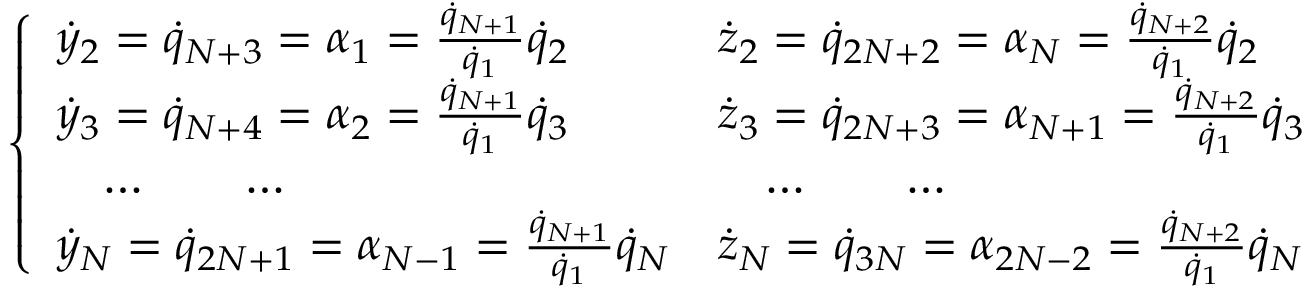
\left\{ \begin{array} { l l } { { \dot { y } } _ { 2 } = { \dot { q } } _ { N + 3 } = \alpha _ { 1 } = \frac { { \dot { q } } _ { N + 1 } } { { \dot { q } _ { 1 } } } { \dot { q } } _ { 2 } } & { { \dot { z } } _ { 2 } = { \dot { q } } _ { 2 N + 2 } = \alpha _ { N } = \frac { { \dot { q } } _ { N + 2 } } { { \dot { q } _ { 1 } } } { \dot { q } } _ { 2 } } \\ { { \dot { y } } _ { 3 } = { \dot { q } } _ { N + 4 } = \alpha _ { 2 } = \frac { { \dot { q } } _ { N + 1 } } { { \dot { q } _ { 1 } } } { \dot { q } } _ { 3 } } & { { \dot { z } } _ { 3 } = { \dot { q } } _ { 2 N + 3 } = \alpha _ { N + 1 } = \frac { { \dot { q } } _ { N + 2 } } { { \dot { q } _ { 1 } } } { \dot { q } } _ { 3 } } \\ { \quad \dots \qquad \dots } & { \quad \dots \qquad \dots } \\ { { \dot { y } } _ { N } = { \dot { q } } _ { 2 N + 1 } = \alpha _ { N - 1 } = \frac { { \dot { q } } _ { N + 1 } } { { \dot { q } _ { 1 } } } { \dot { q } } _ { N } } & { { \dot { z } } _ { N } = { \dot { q } } _ { 3 N } = \alpha _ { 2 N - 2 } = \frac { { \dot { q } } _ { N + 2 } } { { \dot { q } _ { 1 } } } { \dot { q } } _ { N } } \end{array} \right.